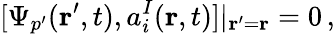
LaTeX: [\Psi_{p^{\prime}}({\mathbf r}^{\prime},t),a_{i}^{I}({\mathbf r},t)]|_{{\mathbf r}^{\prime}={\mathbf r}}=0\, ,